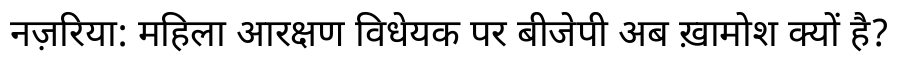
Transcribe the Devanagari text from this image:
नज़रिया: महिला आरक्षण विधेयक पर बीजेपी अब ख़ामोश क्यों है?